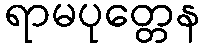
ရာမပုတ္တေန